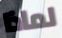
لماذا